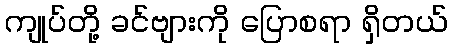
ကျုပ်တို့ ခင်ဗျားကို ပြောစရာ ရှိတယ်